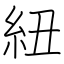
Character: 紐